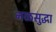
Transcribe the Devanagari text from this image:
नळसुद्धा